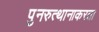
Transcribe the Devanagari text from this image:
पुनरुत्थानाकरता